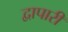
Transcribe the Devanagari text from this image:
द्वापारी